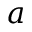
a